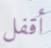
أقفل